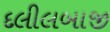
દલીલબાજી